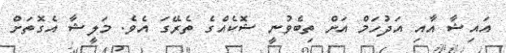
އައިޝާ އާއި އަދުހަމް އަށް ތިބެވުނީ ޝޮކެއްގެ ތެރޭގަ އެވެ. މަލީޝާ އެގޮތަށް